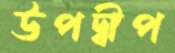
উপদ্বীপ